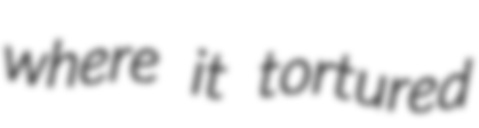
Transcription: where it tortured